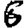
Digit: 6